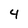
Character: 4